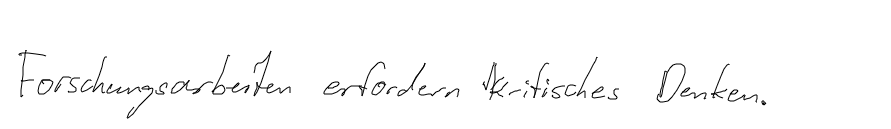
Forschungsarbeiten erfordern kritisches Denken.